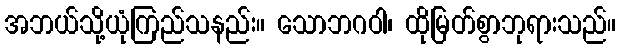
အဘယ်သို့ယုံကြည်သနည်း။ သောဘဂဝါ၊ ထိုမြတ်စွာဘုရားသည်။